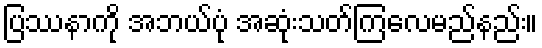
ပြဿနာကို အဘယ်ပုံ အဆုံးသတ်ကြလေမည်နည်း။